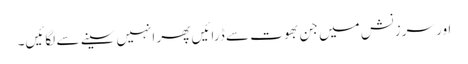
اور سرزنش میں جن بھوت سے ڈرائیں پھر انہیں سینے سے لگائیں۔